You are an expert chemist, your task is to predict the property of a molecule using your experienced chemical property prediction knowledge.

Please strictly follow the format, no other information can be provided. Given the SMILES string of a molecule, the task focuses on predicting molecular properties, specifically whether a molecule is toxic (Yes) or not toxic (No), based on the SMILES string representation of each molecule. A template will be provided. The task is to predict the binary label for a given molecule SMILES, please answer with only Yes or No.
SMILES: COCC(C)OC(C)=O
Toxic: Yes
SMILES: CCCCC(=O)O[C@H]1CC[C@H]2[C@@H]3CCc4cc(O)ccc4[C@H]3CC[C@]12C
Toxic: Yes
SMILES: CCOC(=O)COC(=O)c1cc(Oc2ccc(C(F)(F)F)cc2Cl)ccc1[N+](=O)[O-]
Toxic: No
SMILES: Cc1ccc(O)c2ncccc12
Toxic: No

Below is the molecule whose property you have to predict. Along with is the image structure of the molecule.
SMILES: Cc1ncc(CO)c(CO)c1O
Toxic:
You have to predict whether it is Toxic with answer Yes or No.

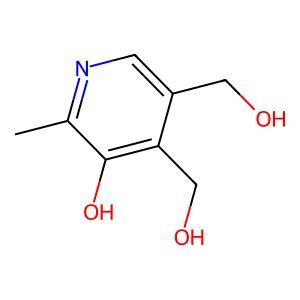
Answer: No